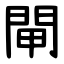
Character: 閘